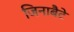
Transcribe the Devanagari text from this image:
जिनाबैटे